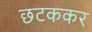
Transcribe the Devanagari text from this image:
छटककर